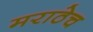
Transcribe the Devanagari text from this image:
मराठेच